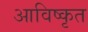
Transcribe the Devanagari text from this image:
आविष्‍कृत